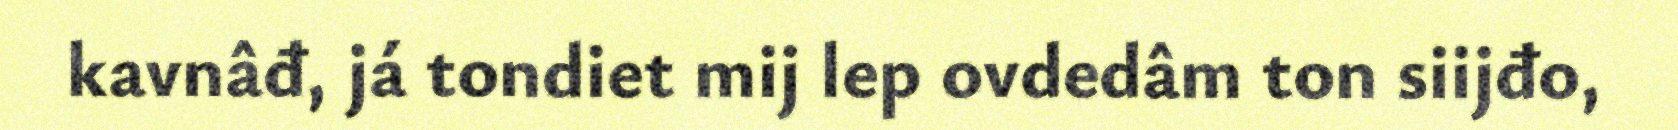
kavnâđ, já tondiet mij lep ovdedâm ton siijđo,